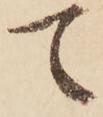
て